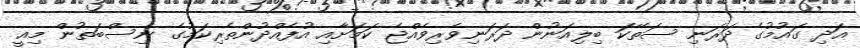
އަދި ގައުމުގެ ދަރަނި ސަތޭކަ ބިލިއަނުން ދަރަނިވެރިވެއްޖެ ކަމަށާއި އުފެއްދުންތެރިކަމުގެ ނިސްބަތުން މިއީ